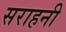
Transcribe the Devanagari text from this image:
सराहनी